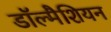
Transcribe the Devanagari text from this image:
डॉल्मैशियन